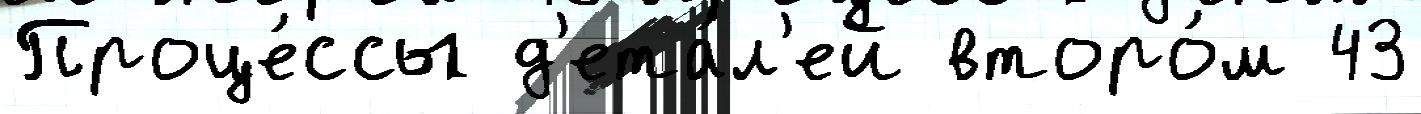
Проце́ссы д'ета́л'ей второ́м 43